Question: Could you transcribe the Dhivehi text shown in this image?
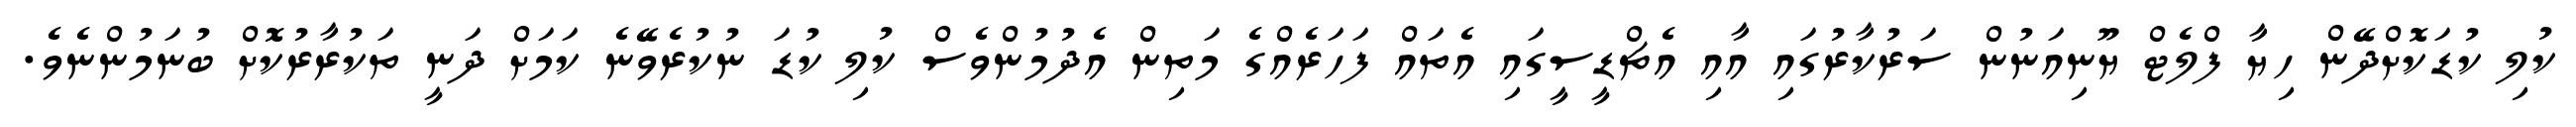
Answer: ކުލި ކުޑަކޮށްދޭން ހިޔާ ފްލެޓް ޔޫނިއަނުން ސަރުކާރުގައި އާއި އެޗްޑީސީގައި އެތައް ފަހަރެއްގެ މަތިން އެދުމުންވެސް ކުލި ކުޑަ ނުކުރެވޭނެ ކަމަށް ދަނީ ތަކުރާރުކޮށް ބުނަމުންނެވެ.